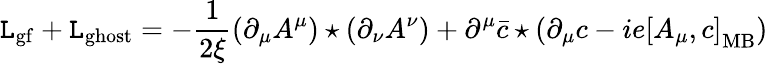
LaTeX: {\cal\mathtt{L}}_{\mathrm{{gf}}}+{\cal\mathtt{L}}_{\mathrm{{ghost}}}=-\frac{{1}}{{2\xi}}(\partial_{\mu}A^{\mu})\star(\partial_{\nu}A^{\nu})+\partial^{\mu}\bar{{c}}\star(\partial_{\mu}c-ie\left[A_{\mu},c\right]_{\mathrm{{MB}}})